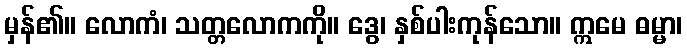
မှန်၏။ လောကံ၊ သတ္တလောကကို။ ဒွေ၊ နှစ်ပါးကုန်သော။ ဣမေ ဓမ္မာ၊